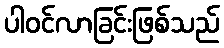
ပါဝင်လာခြင်းဖြစ်သည်